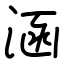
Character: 涵